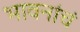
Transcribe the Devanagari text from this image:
भावनांचं